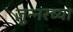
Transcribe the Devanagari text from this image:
जुन्‍नरच्या